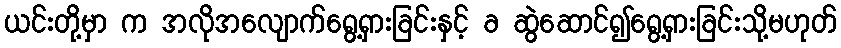
ယင်းတို့မှာ က အလိုအလျောက်ရွေ့ရှားခြင်းနှင့် ခ ဆွဲဆောင်၍ရွေ့ရှားခြင်းသို့မဟုတ်